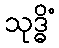
သုဒ္ဓိံ